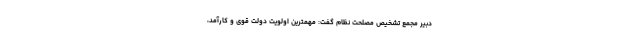
دبیر مجمع تشخیص مصلحت نظام گفت: مهمترین اولویت دولت قوی و کارآمد،